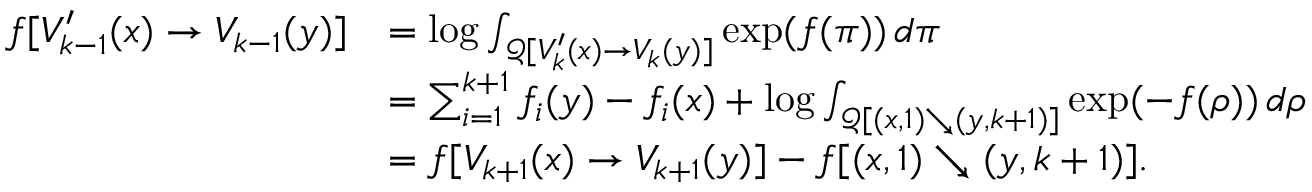
\begin{array} { r l } { f [ V _ { k - 1 } ^ { \prime } ( x ) \to V _ { k - 1 } ( y ) ] } & { = \log \int _ { \mathcal { Q } [ V _ { k } ^ { \prime } ( x ) \to V _ { k } ( y ) ] } \exp ( f ( \pi ) ) \, d \pi } \\ & { = \sum _ { i = 1 } ^ { k + 1 } f _ { i } ( y ) - f _ { i } ( x ) + \log \int _ { \mathcal { Q } [ ( x , 1 ) \searrow ( y , k + 1 ) ] } \exp ( - f ( \rho ) ) \, d \rho } \\ & { = f [ V _ { k + 1 } ( x ) \to V _ { k + 1 } ( y ) ] - f [ ( x , 1 ) \searrow ( y , k + 1 ) ] . } \end{array}